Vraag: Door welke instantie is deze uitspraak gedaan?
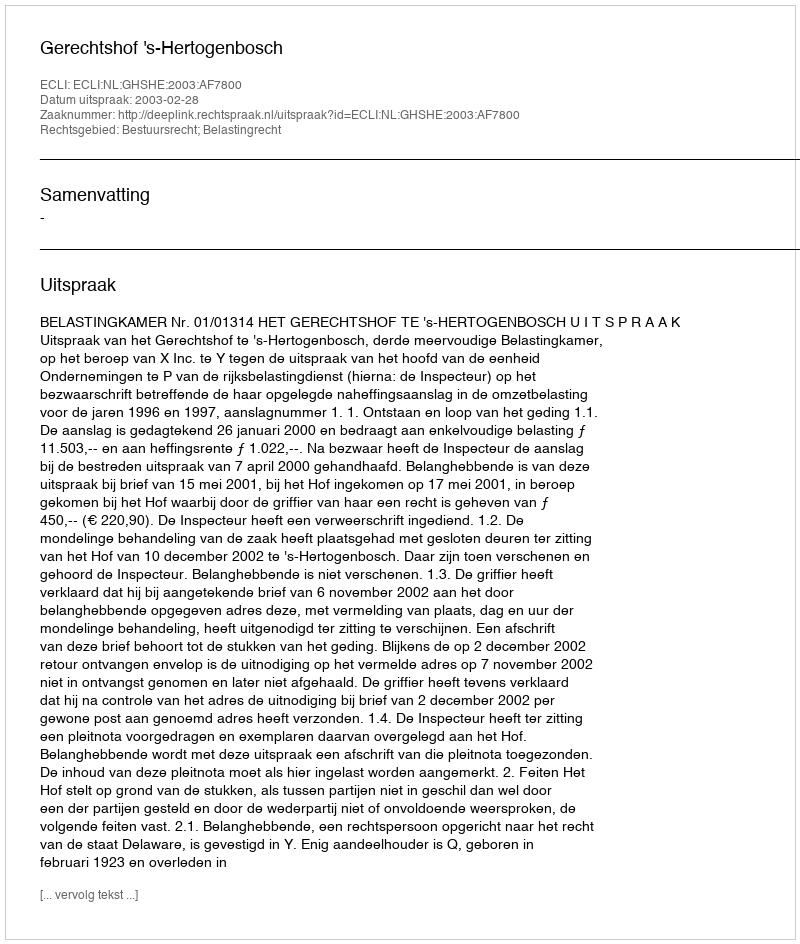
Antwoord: Gerechtshof 's-Hertogenbosch